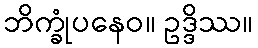
ဘိက္ခုံပနေဝ။ ဥဒ္ဒိဿ။